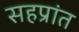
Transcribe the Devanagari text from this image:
सहप्रांत